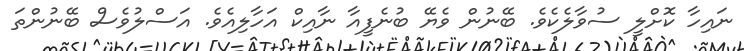
ނައިހާ ކޮށްލީ ސުވާލެކެވެ. ބޭނުން ވެޔޭ ބުނެފީއާ ނާއިކް އަހާލިއެވެ. އަސްލުވެސް ބޭނުންތަ